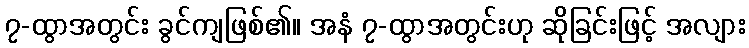
၇-ထွာအတွင်း ခွင်ကျဖြစ်၏။ အနံ ၇-ထွာအတွင်းဟု ဆိုခြင်းဖြင့် အလျား